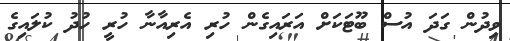
ވިދުން ގަދަ އުސް ބޫޓަކަށް އަރައިގެން ހުރި އެރިއާނާ ހުރީ ހުދު ކުލައިގެ